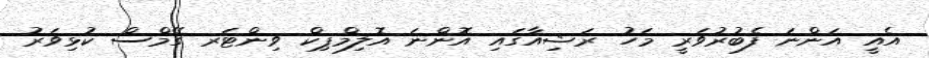
އެއީ އަންނަ ފެބުރުވަރީ މަހު ރަޝިއާގައި އޮންނަ އޮލިމްޕިކް ވިންޓަރ ގޭމްސް ކުޅިވަރު